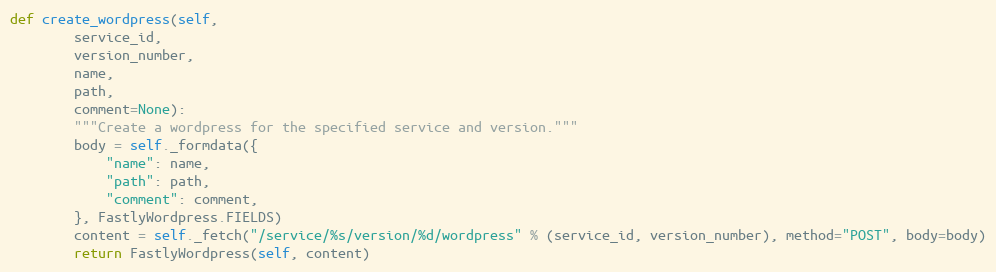
Language: Python
def create_wordpress(self,
		service_id,
		version_number,
		name,
		path,
		comment=None):
		"""Create a wordpress for the specified service and version."""
		body = self._formdata({
			"name": name,
			"path": path,
			"comment": comment,
		}, FastlyWordpress.FIELDS)
		content = self._fetch("/service/%s/version/%d/wordpress" % (service_id, version_number), method="POST", body=body)
		return FastlyWordpress(self, content)